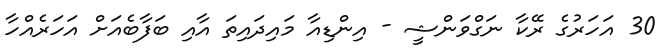
30 އަހަރުގެ ރޭކާ ނަގްވަންޝީ - އިންޑިއާ މައިދައިތަ އާއި ބަފާބެއަށް އަހަރެއްހާ